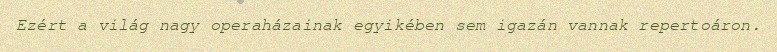
Ezért a világ nagy operaházainak egyikében sem igazán vannak repertoáron.